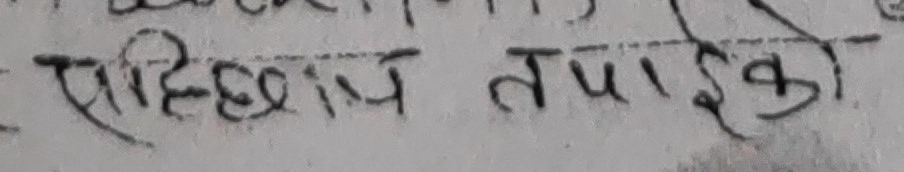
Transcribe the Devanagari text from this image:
साहित्य तपाईंको